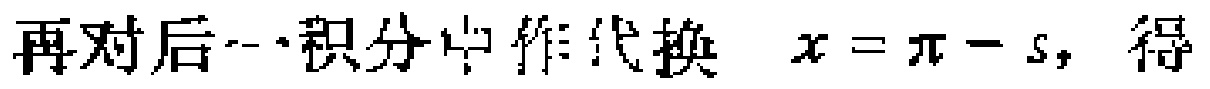
再对后一积分中作代换 \(x = \pi - s\)，得